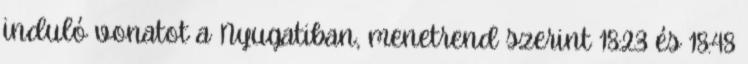
induló vonatot a Nyugatiban, menetrend szerint 18:23 és 18:48